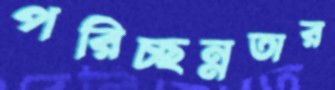
পরিচ্ছন্নতার